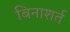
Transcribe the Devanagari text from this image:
बिनाशर्त